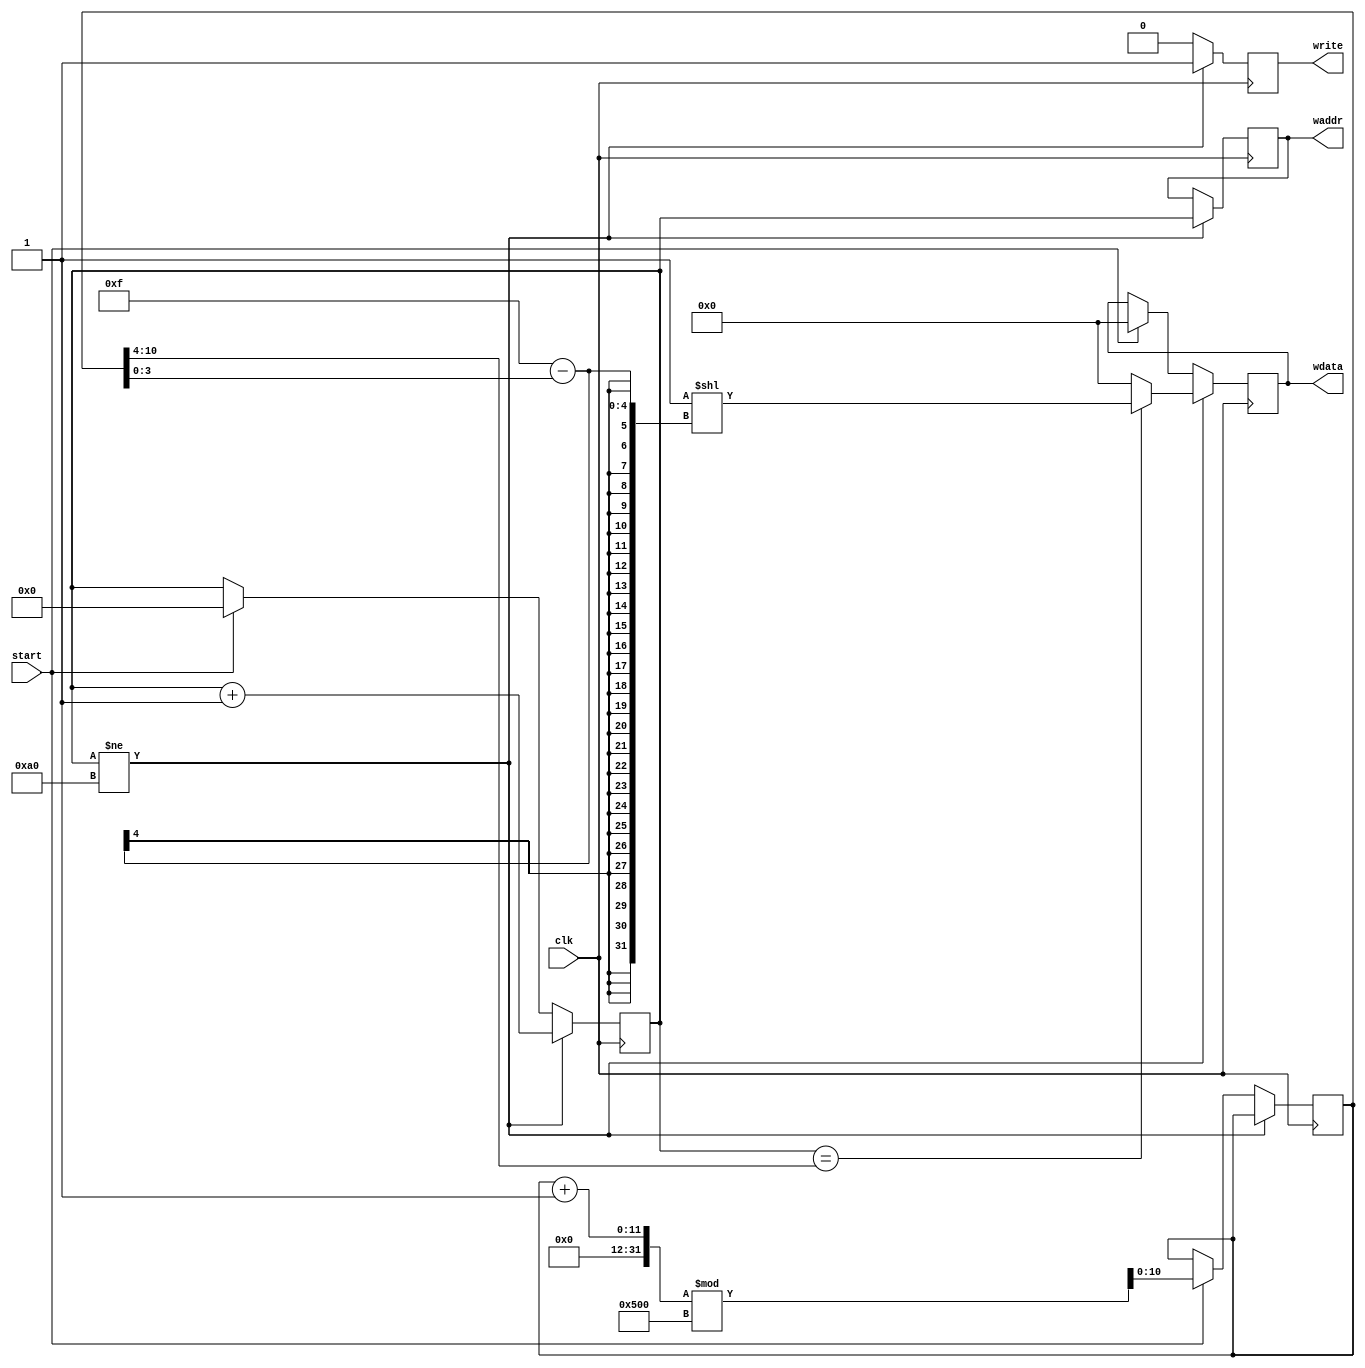
`timescale 1ns / 1ps
//////////////////////////////////////////////////////////////////////////////////
// Company:
// Engineer:
//
// Design Name:
// Module Name:    ca_gen
// Project Name:
// Target Devices:
// Tool versions:
// Description:
//
// Dependencies:
//
// Revision:
// Revision 0.01 - File Created
// Additional Comments:
//
//////////////////////////////////////////////////////////////////////////////////
module ca_gen0(
	input wire         clk,
	input wire         start,
	output reg         write,
	output reg  [7:0] waddr,
	output reg  [15:0] wdata
);

reg [10:0] position;
initial position = 0;

reg [7:0] cycle;
initial begin
	cycle = 8'd 160;
	wdata = 16'b0;
	waddr = 8'b0;
end

always @(posedge clk)
begin
	if (cycle != 8'd 160)
	begin
		if (cycle == position[10:4])
			wdata <= (16'b1 << 15-position[3:0]);
		else
			wdata <= 16'b0;
		write <= 1;
		waddr <= cycle;
		cycle <= cycle + 1'b1;
	end
	else if (start)
	begin
  	   wdata <= 16'b0;
		write <= 0;
		cycle <= 0;
		position <= (position + 1'b1) % 1280;
	end
	else
	begin
		write <= 0;
	end
end

endmodule